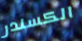
الكسندر